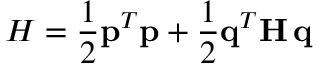
H = { \frac { 1 } { 2 } } { \bf p } ^ { T } { \bf p } + { \frac { 1 } { 2 } } { \bf q } ^ { T } { \bf H } \, { \bf q }